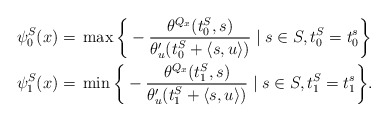
\begin{align*}\psi_0^S(x) ={} & \max \bigg\{ -\frac{\theta^{Q_x} (t_0^S,s) }{\theta_u' (t_0^S+\langle s,u\rangle)} \mid s \in S, t_0^S=t_0^s\bigg\}\\\psi_1^S(x) ={} & \min \bigg\{ -\frac{\theta^{Q_x} (t_1^S,s)}{ \theta_u '(t_1^S+\langle s,u\rangle )} \mid s \in S, t_1^S=t_1^s\bigg\}.\end{align*}